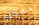
يمكن